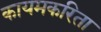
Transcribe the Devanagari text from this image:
कायमकरिता